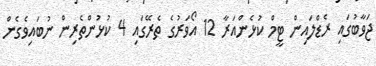
ޖަވާބުގައި ރެޑްލައިން ޓީމް ކުޅެންއަރާ 12 އޯވަރުގެ ތެރޭގައި 4 ކުޅުންތެރިން ނުބައިވެގެން